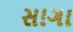
સાગા